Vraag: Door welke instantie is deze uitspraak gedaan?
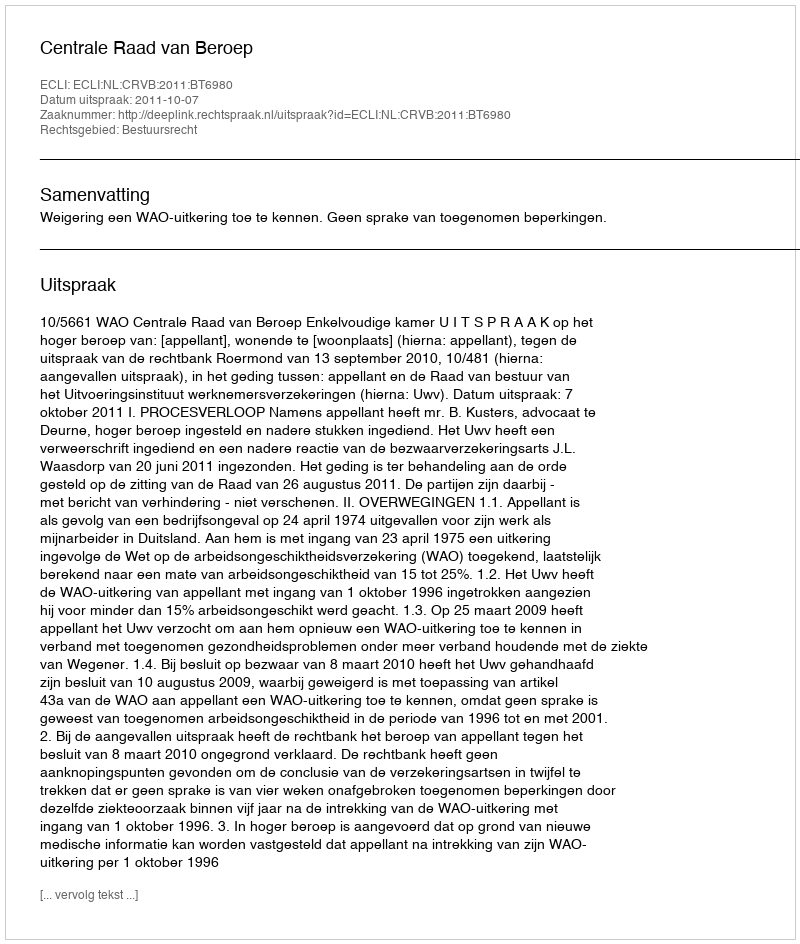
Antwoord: Centrale Raad van Beroep